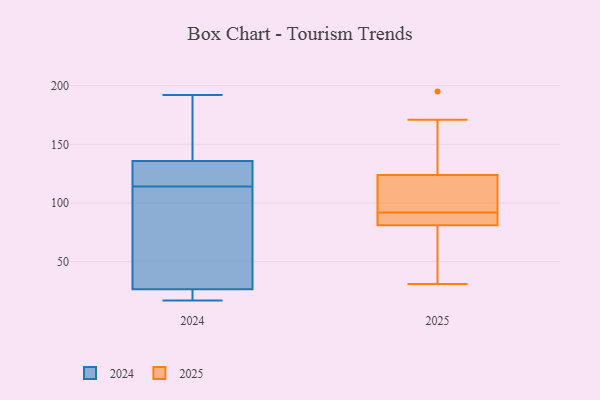
{"axis": {"x": "Demand Index", "y": "Value"}, "legend": ["2024", "2025"], "data": [{"x": "", "y": 137, "type": "2024"}, {"x": "", "y": 25, "type": "2024"}, {"x": "", "y": 148, "type": "2024"}, {"x": "", "y": 61, "type": "2024"}, {"x": "", "y": 21, "type": "2024"}, {"x": "", "y": 132, "type": "2024"}, {"x": "", "y": 115, "type": "2024"}, {"x": "", "y": 126, "type": "2024"}, {"x": "", "y": 114, "type": "2024"}, {"x": "", "y": 151, "type": "2024"}, {"x": "", "y": 118, "type": "2024"}, {"x": "", "y": 74, "type": "2024"}, {"x": "", "y": 156, "type": "2024"}, {"x": "", "y": 21, "type": "2024"}, {"x": "", "y": 47, "type": "2024"}, {"x": "", "y": 17, "type": "2024"}, {"x": "", "y": 192, "type": "2024"}, {"x": "", "y": 31, "type": "2024"}, {"x": "", "y": 17, "type": "2024"}, {"x": "", "y": 97, "type": "2025"}, {"x": "", "y": 82, "type": "2025"}, {"x": "", "y": 171, "type": "2025"}, {"x": "", "y": 87, "type": "2025"}, {"x": "", "y": 80, "type": "2025"}, {"x": "", "y": 31, "type": "2025"}, {"x": "", "y": 53, "type": "2025"}, {"x": "", "y": 82, "type": "2025"}, {"x": "", "y": 126, "type": "2025"}, {"x": "", "y": 112, "type": "2025"}, {"x": "", "y": 42, "type": "2025"}, {"x": "", "y": 107, "type": "2025"}, {"x": "", "y": 122, "type": "2025"}, {"x": "", "y": 84, "type": "2025"}, {"x": "", "y": 195, "type": "2025"}, {"x": "", "y": 135, "type": "2025"}]}